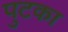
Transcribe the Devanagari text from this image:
पुटका